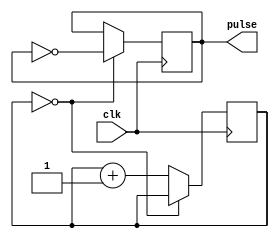
`timescale 1ns / 1ps
//////////////////////////////////////////////////////////////////////////////////
// Company: 
// Engineer: 
// 
// Design Name: 
// Module Name: reset_generator
// Project Name: 
// Target Devices: 
// Tool Versions: 
// Description: 
// 
// Dependencies: 
// 
// Revision:
// Revision 0.01 - File Created
// Additional Comments:
// 
//////////////////////////////////////////////////////////////////////////////////

// Uncomment if using Vivado to synthesize the design. This will enable the initial block
// If using Yosys, initial blocks are not supported, and cannot be included.
// `define VIVADO_SYNTHESIS

module reset_generator(
	input clk,
	output reg pulse
	);

	parameter INITIAL_VALUE=0; // Define the initial value for the pulse, either 0 or 1; The pulse logic level will be a flip over the initial value
	parameter ACTIVE_CYCLES=0; // Define the number of clock cycles to wait before the pulse is applied

	reg [ACTIVE_CYCLES<=2 ? 2 : $clog2(ACTIVE_CYCLES) - 1 : 0] active_cycle_counter;

`ifdef VIVADO_SYNTHESIS
	initial begin
		clkdiv_counter <= 0;
		active_cycle_counter <= 0;
		pulse <= INITIAL_VALUE;
	end
`endif

	// Wait a number of clock cycles, hold the initial value
	always @(posedge clk) begin
		if (active_cycle_counter == ACTIVE_CYCLES) begin
			pulse <= ~pulse;
		end else begin 
			active_cycle_counter <= active_cycle_counter + 1;
		end
	end

endmodule